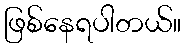
ဖြစ်နေရပါတယ်။